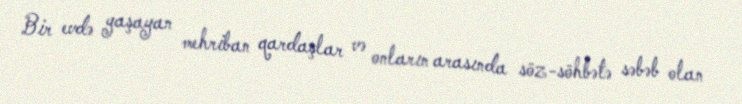
Bir evdə yaşayan mehriban qardaşlar və onların arasında söz-söhbətə səbəb olan